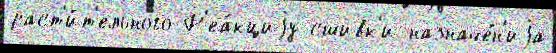
раст'и́т'ельного Р'еа́кциjу сшивк'и назначе́н'иjа